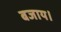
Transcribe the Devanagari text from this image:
बजाय।